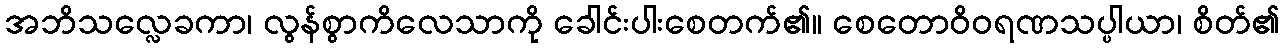
အဘိသလ္လေခကာ၊ လွန်စွာကိလေသာကို ခေါင်းပါးစေတက်၏။ စေတောဝိဝရဏသပ္ပါယာ၊ စိတ်၏